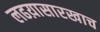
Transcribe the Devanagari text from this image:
लढय़ासारखाच